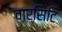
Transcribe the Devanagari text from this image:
वार्सिटि